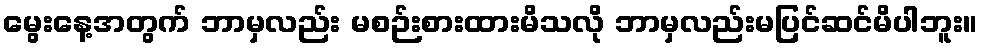
မွေးနေ့အတွက် ဘာမှလည်း မစဉ်းစားထားမိသလို ဘာမှလည်းမပြင်ဆင်မိပါဘူး။